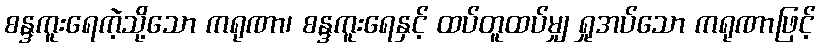
စန္ဒကူးရေကဲ့သို့သော ကရုဏာ၊ စန္ဒကူးရေနှင့် ထပ်တူထပ်မျှ ရှုအပ်သော ကရုဏာဖြင့်